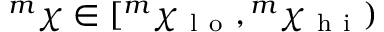
{ } ^ { m } \chi \in [ { } ^ { m } \chi _ { \mathrm { ~ l ~ o ~ } } , { } ^ { m } \chi _ { \mathrm { ~ h ~ i ~ } } )